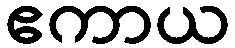
ဧကာယ